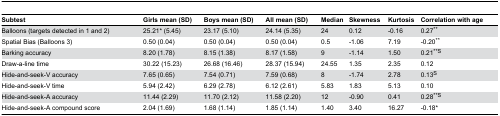
<table><thead><tr><td><b>Subtest</b></td><td><b>Girls mean (SD)</b></td><td><b>Boys mean (SD)</b></td><td><b>All mean (SD)</b></td><td><b>Median</b></td><td><b>Skewness</b></td><td><b>Kurtosis</b></td><td><b>Correlation with age</b></td></tr></thead><tbody><tr><td>Balloons (targets detected in 1 and 2)</td><td>25.21* (5.45)</td><td>23.17 (5.10)</td><td>24.14 (5.35)</td><td>24</td><td>0.12</td><td>-0.16</td><td>0.27**</td></tr><tr><td>Spatial Bias (Balloons 3)</td><td>0.50 (0.04)</td><td>0.50 (0.04)</td><td>0.50 (0.04)</td><td>0.5</td><td>-1.06</td><td>7.19</td><td>-0.20**</td></tr><tr><td>Barking accuracy</td><td>8.20 (1.78)</td><td>8.15 (1.38)</td><td>8.17 (1.58)</td><td>9</td><td>-1.14</td><td>1.50</td><td>0.21**<sup>S</sup></td></tr><tr><td>Draw-a-line time</td><td>30.22 (15.23)</td><td>26.68 (16.46)</td><td>28.37 (15.94)</td><td>24.55</td><td>1.35</td><td>2.35</td><td>0.12</td></tr><tr><td>Hide-and-seek-V accuracy</td><td>7.65 (0.65)</td><td>7.54 (0.71)</td><td>7.59 (0.68)</td><td>8</td><td>-1.74</td><td>2.78</td><td>0.13<sup>S</sup></td></tr><tr><td>Hide-and-seek-V time</td><td>5.94 (2.42)</td><td>6.29 (2.78)</td><td>6.12 (2.61)</td><td>5.83</td><td>1.83</td><td>5.13</td><td>0.10</td></tr><tr><td>Hide-and-seek-A accuracy</td><td>11.44 (2.29)</td><td>11.70 (2.12)</td><td>11.58 (2.20)</td><td>12</td><td>-0.90</td><td>0.41</td><td>0.28**<sup>S</sup></td></tr><tr><td>Hide-and-seek-A compound score</td><td>2.04 (1.69)</td><td>1.68 (1.14)</td><td>1.85 (1.14)</td><td>1.40</td><td>3.40</td><td>16.27</td><td>-0.18*</td></tr></tbody></table>